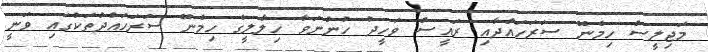
މަޖިލީސް ހިމެނޭ ސަރަހައްދާއި ރައީސް ވަހީދު ހުންނަވާ ހިލާލީގެ ހިމެނޭ ސަރަހައްދުތަކުގައި ވަނީ